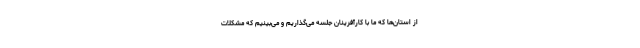
از استان‌ها که ما با کارآفرینان جلسه می‌گذاریم و می‌بینیم که مشکلات